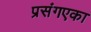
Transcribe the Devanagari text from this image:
प्रसंगएका